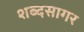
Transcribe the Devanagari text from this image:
शब्‍दसागर